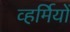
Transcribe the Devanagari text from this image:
व्हर्मियों